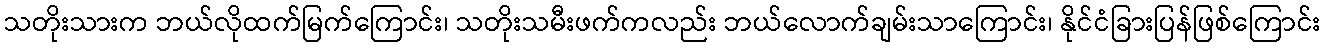
သတိုးသားက ဘယ်လိုထက်မြက်ကြောင်း၊ သတိုးသမီးဖက်ကလည်း ဘယ်လောက်ချမ်းသာကြောင်း၊ နိုင်ငံခြားပြန်ဖြစ်ကြောင်း